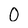
Character: O